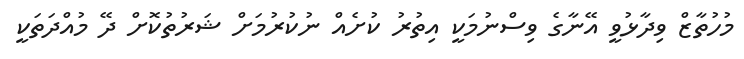
މުހުތާޒް ވިދާޅުވީ އޭނާގެ ވިސްނުމަކީ އިތުރު ކުށެއް ނުކުރުމަށް ޝަރުތުކޮށް ދޭ މުއްދަތަކީ